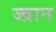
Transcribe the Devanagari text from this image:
ज्व्रान